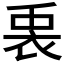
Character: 𮕵